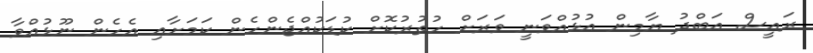
ރައީސް އަބްދު ޔާމިން އުޅުއްވަނީ ވަރަށް ހުތުރުކޮށް ކުޑަކުއްޖެންހެން ކަމަށާއި އެހެން ނޫޅުއްވާ